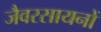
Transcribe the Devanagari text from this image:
जैवरसायनों